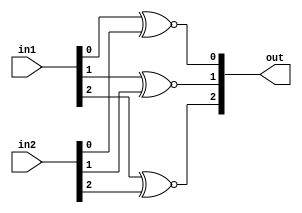
module XNORtema(input[2:0] in1, input[2:0] in2, output[2:0] out);
	assign out[0] = in1[0] ~^ in2[0];
	assign out[1] = in1[1] ~^ in2[1];  
	assign out[2] = in1[2] ~^ in2[2];
endmodule